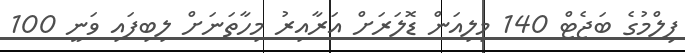
ފިލްމުގެ ބަޖެޓް 140 މިލިއަން ޑޮލަރަށް އަރާއިރު މިހާތަނަށް ލިބިފައި ވަނީ 100